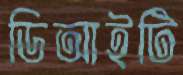
ডিআইটি